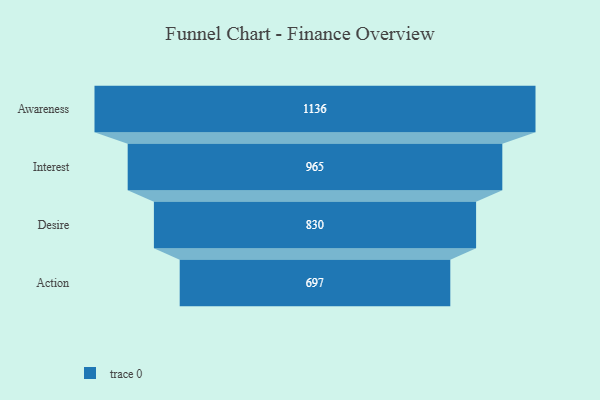
{"axis": {"x": "Stage", "y": "Value"}, "legend": [""], "data": [{"x": "Awareness", "y": 1136.0, "type": ""}, {"x": "Interest", "y": 965.0, "type": ""}, {"x": "Desire", "y": 830.0, "type": ""}, {"x": "Action", "y": 697.0, "type": ""}]}